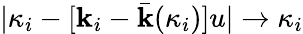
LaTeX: |\kappa_{i}-[\mathbf{k}_{i}-\bar{{\mathbf{k}}}(\kappa_{i})]u|\rightarrow\kappa_{i}